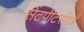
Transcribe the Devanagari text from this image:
सेंटपीटर्सबर्ग